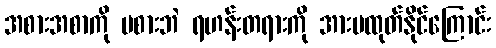
အစားအစာကို မစားဘဲ ရဟန်းတရားကို အားမထုတ်နိုင်ကြောင်း